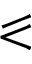
\eqslantless